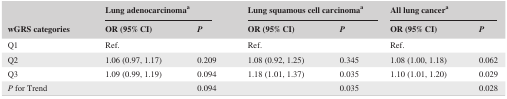
| <ROWSPAN=2> wGRS categories | <COLSPAN=2> Lung adenocarcinomaa | <COLSPAN=2> Lung squamous cell carcinomaa | <COLSPAN=2> All lung cancera |
 | OR (95% CI) | P | OR (95% CI) | P | OR (95% CI) | P |
 | --- | --- | --- | --- | --- | --- | --- |
 | Q1 | Ref. |  | Ref. |  | Ref. |  |
 | Q2 | 1.06 (0.97, 1.17) | 0.209 | 1.08 (0.92, 1.25) | 0.345 | 1.08 (1.00, 1.18) | 0.062 |
 | Q3 | 1.09 (0.99, 1.19) | 0.094 | 1.18 (1.01, 1.37) | 0.035 | 1.10 (1.01, 1.20) | 0.029 |
 | P for Trend |  | 0.094 |  | 0.035 |  | 0.028 |